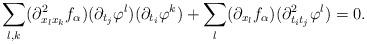
LaTeX: \begin{align*} \sum_{l,k} (\partial^2 _{x_l x_k} f_\alpha)(\partial_{t_j} \varphi^l) (\partial_{t_i} \varphi^k) + \sum_{l} (\partial_{x_l} f_\alpha) (\partial^2 _{t_i t_j} \varphi^l) = 0. \end{align*}